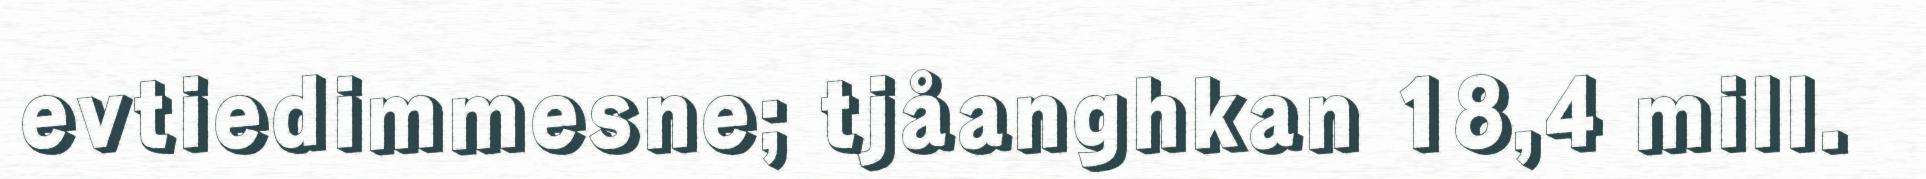
evtiedimmesne; tjåanghkan 18,4 mill.